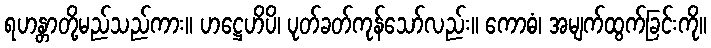
ရဟန္တာတို့မည်သည်ကား။ ဟဋ္ဌေဟိပိ၊ ပုတ်ခတ်ကုန်သော်လည်း။ ကောဓံ၊ အမျက်ထွက်ခြင်းကို။